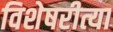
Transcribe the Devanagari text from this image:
विशेषरीत्या